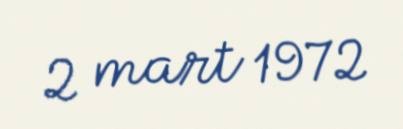
2 mart 1972